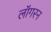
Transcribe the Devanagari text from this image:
लॉगरन